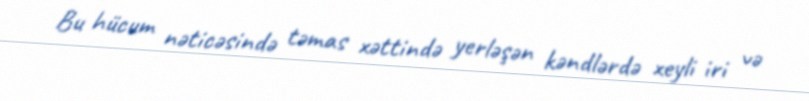
Bu hücum nəticəsində təmas xəttində yerləşən kəndlərdə xeyli iri və